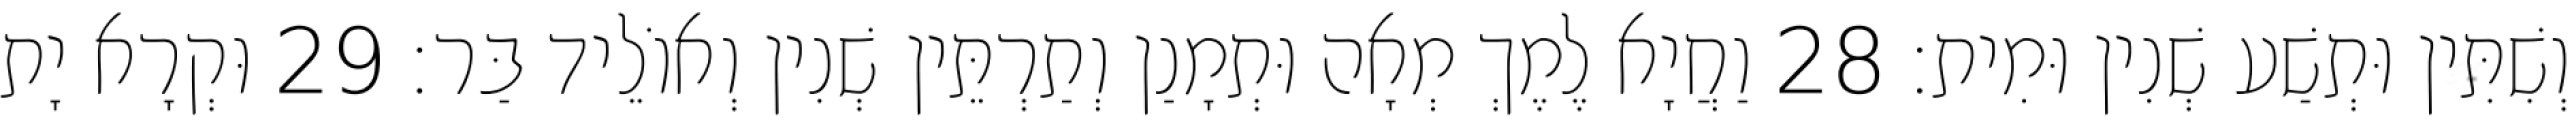
וְשִׁתִּין וּתְשַׁע שְׁנִין וּמִית׃ 28 וַחֲיָא לֶמֶךְ מְאָה וּתְמָנַן וְתַרְתֵּין שְׁנִין וְאוֹלֵיד בַּר׃ 29 וּקְרָא יָת